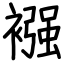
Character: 襁